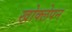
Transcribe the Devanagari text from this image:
खोक्लेपन